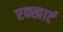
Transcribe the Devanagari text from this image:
एक्खार्ट